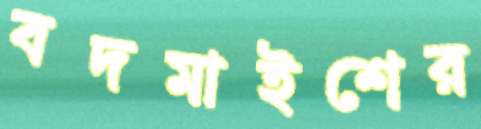
বদমাইশের